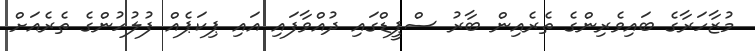
މުޒާހަރާގެ ބައިވެރިންގެ ތެރެއިން ބާރު ސްޕީޑްގައި ދުއްވާފައި އައި ޕިކަޕެއް ފުލުހުންގެ ތެރެއަށް